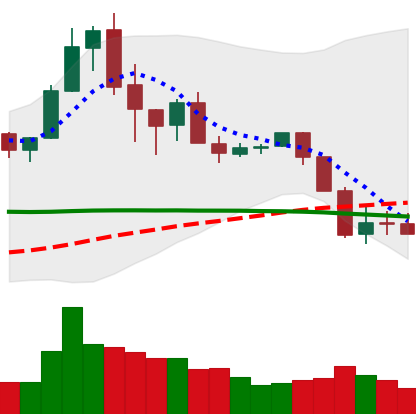
Ticker: XRP-USD
Chart end date: 2020-02-29
Forward return: 3.629%
Label: up_3_5